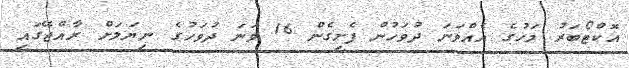
އޮކްޓޯބަރު މަހުގެ އެއްވަނަ ދުވަހުން ފެށިގެން 16 ވަނަ ދުވަހުގެ ނިޔަލަށް ރާއްޖޭގައި